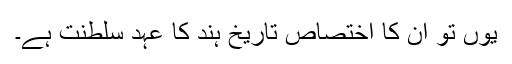
یوں تو ان کا اختصاص تاریخِ ہند کا عہدِ سلطنت ہے۔